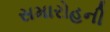
સમારોહની